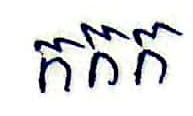
កកក